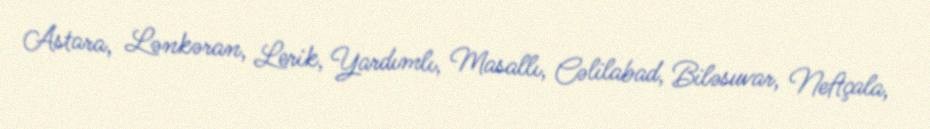
Astara, Lənkəran, Lerik, Yardımlı, Masallı, Cəlilabad, Biləsuvar, Neftçala,